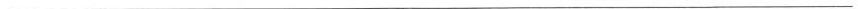
___